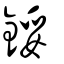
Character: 鋖